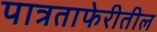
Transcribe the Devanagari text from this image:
पात्रताफेरीतील